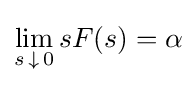
\lim _{s\,\downarrow \,0}{sF(s)}=\alpha